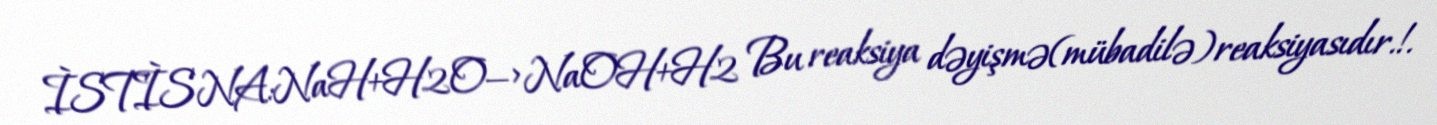
ÌSTÌSNA:NaH+H2O—>NaOH+H2 Bu reaksiya dəyişmə(mübadilə)reaksiyasıdır.!.